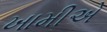
ખામીએ